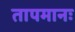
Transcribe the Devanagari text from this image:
तापमानः